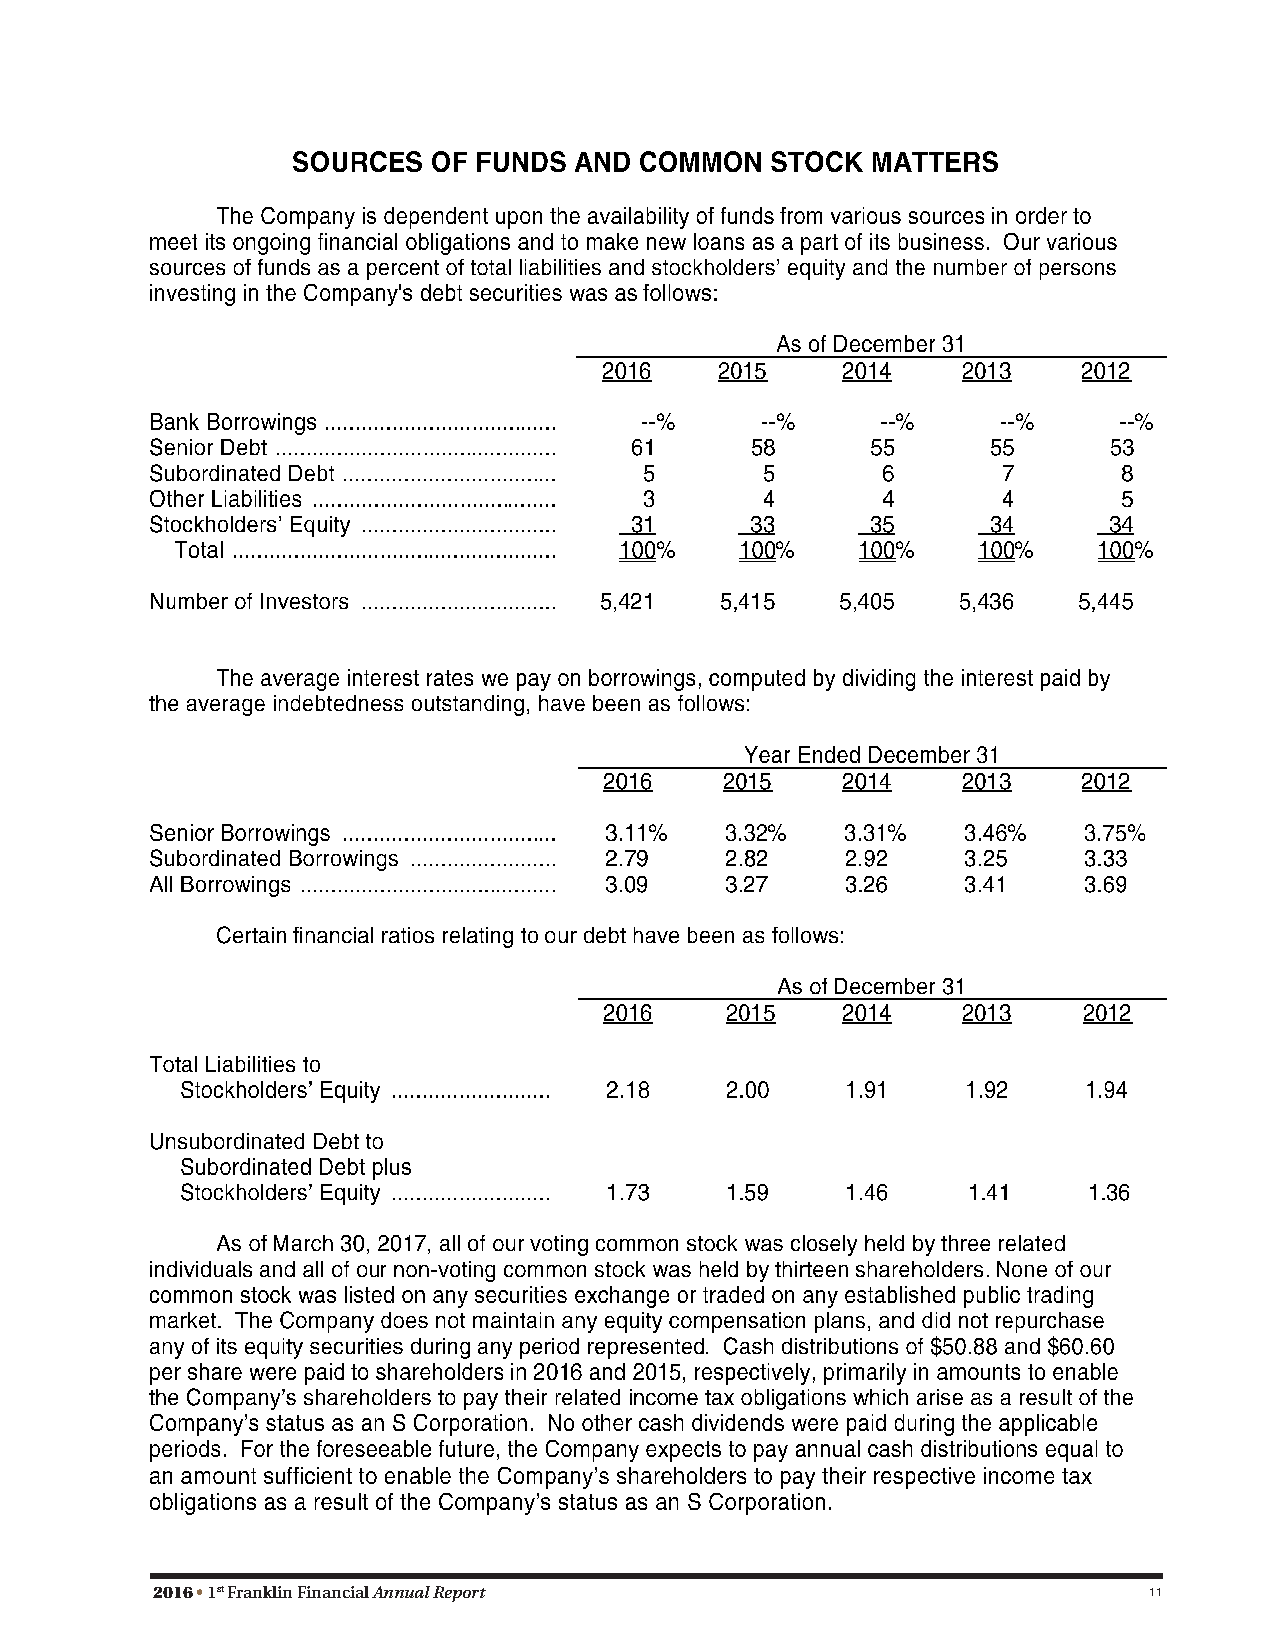
13
 2016 • 1st Franklin Financial Annual Report                       11
 14